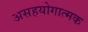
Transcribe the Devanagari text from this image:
असहयोगात्मक